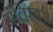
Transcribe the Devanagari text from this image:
सॅलिस्बरी